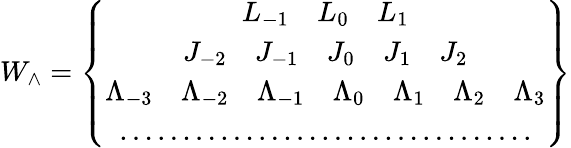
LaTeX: W_{\wedge}=\left\{ \begin{array}{c}{{L_{-1}\quad L_{0}\quad L_{1}}}\\ {{J_{-2}\quad J_{-1}\quad J_{0}\quad J_{1}\quad J_{2}}}\\ {{\Lambda_{-3}\quad\Lambda_{-2}\quad\Lambda_{-1}\quad\Lambda_{0}\quad\Lambda_{1}\quad\Lambda_{2}\quad\Lambda_{3}}}\\ {{\ldots\ldots\ldots\ldots\ldots\ldots\ldots\ldots\ldots\ldots\ldots}}\end{array}\right\}